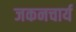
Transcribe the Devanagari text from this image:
जकनचार्य